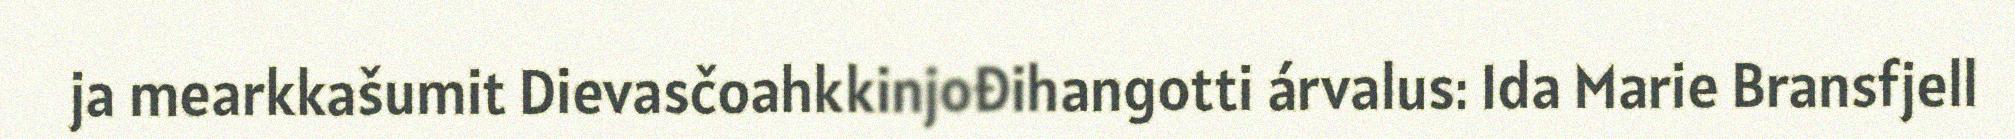
ja mearkkašumit Dievasčoahkkinjođihangotti árvalus: Ida Marie Bransfjell